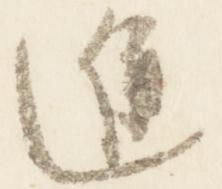
進